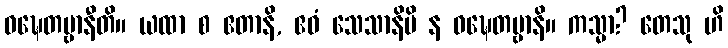
ဝဍ္ဎေတဗ္ဗာနီတိ။ ယထာ စ ဧတာနိ, ဧဝံ သေသာနိပိ န ဝဍ္ဎေတဗ္ဗာနိ။ ကသ္မာ? တေသု ဟိ